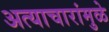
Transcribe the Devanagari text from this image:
अत्याचारांमुळे